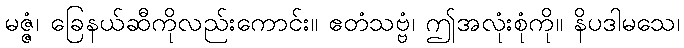
မဇ္ဇံ၊ ခြေနယ်ဆီကိုလည်းကောင်း။ ဧတံသဗ္ဗံ၊ ဤအလုံးစုံကို။ နိပဒါမသေ၊